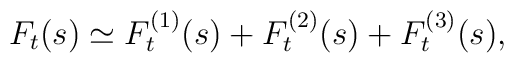
F_t(s)\simeq F_t^{(1)}(s)+ F_t^{(2)}(s)+ F_t^{(3)}(s),